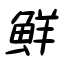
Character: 鮮